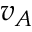
v _ { A }